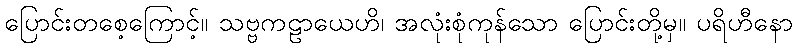
ပြောင်းတစေ့ကြောင့်။ သဗ္ဗကဠာယေဟိ၊ အလုံးစုံကုန်သော ပြောင်းတို့မှ။ ပရိဟီနော